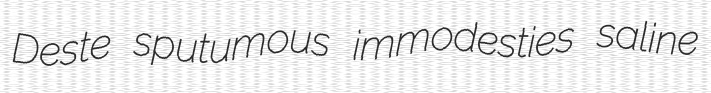
Deste sputumous immodesties saline